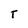
Character: T